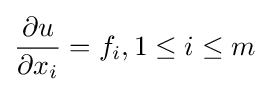
{\frac {\partial u}{\partial x_{i}}}=f_{i},1\leq i\leq m